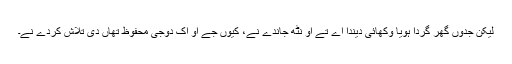
لیکن جدوں گھر گِردا ہویا وکھائی دیندا اے تے اُو نٹھ جاندے نے، کیوں جے اُو اِک دوجی محفوظ تھاں دی تلاش کردے نے۔